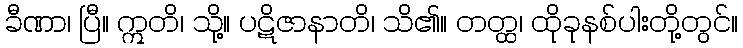
ခီဏာ၊ ပြီ။ ဣတိ၊ သို့။ ပဋိဇာနာတိ၊ သိ၏။ တတ္ထ၊ ထိုခုနစ်ပါးတို့တွင်။